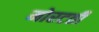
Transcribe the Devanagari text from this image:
मोरटती